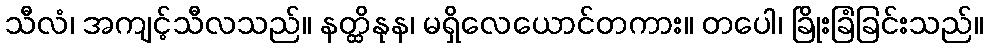
သီလံ၊ အကျင့်သီလသည်။ နတ္ထိနုန၊ မရှိလေယောင်တကား။ တပေါ၊ ခြိုးခြံခြင်းသည်။